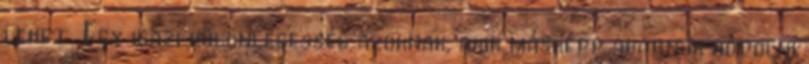
lehet. Egy igazi különlegesség azoknak, akik másképp akarnak hódolni